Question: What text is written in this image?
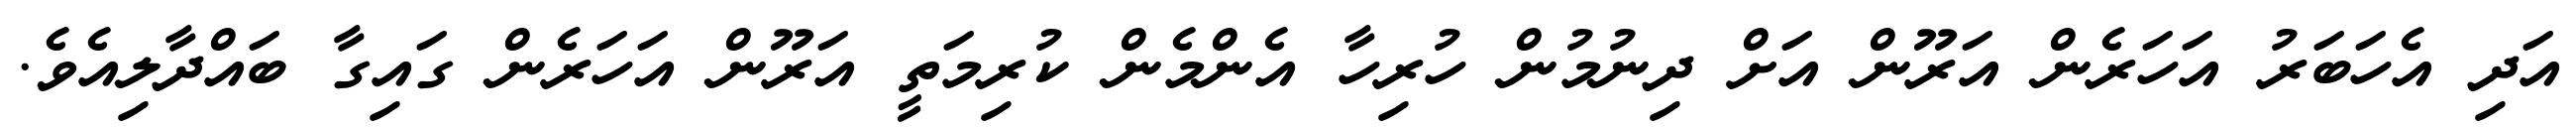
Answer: އަދި އެހަބަރު އަހަރެން އަރޫން އަށް ދިނުމުން ހުރިހާ އެންމެން ކުރިމަތީ އަރޫން އަހަރެން ގައިގާ ބައްދާލިއެވެ.